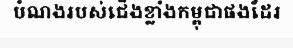
បំណងរបស់ជើងខ្លាំងកម្ពុជាផងដែរ